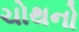
ચોથનો